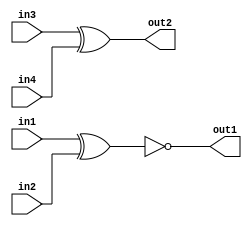
// 2 Verilog Language/2.3 Modules:Hierarchy/22_module_name.v 
// connect the 6 ports by name to your top-level module's ports

module mod_a (
    output out1,
    output out2,
    input in1,
    input in2,
    input in3,
    input in4
);
    assign out1 = ~(in1^in2);
    assign out2 =  (in3^in4);

endmodule

module top_module(
    input a,
    input b,
    input c,
    input d,
    output out1,
    output out2
);
    mod_a instance1(.out1(out1),.out2(out2),.in1(a),.in2(b),.in3(c),.in4(d));

endmodule